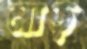
নাড়